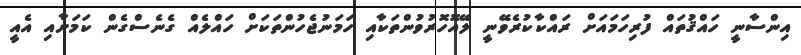
އިންސާނީ ހައްޤުތައް ފުރިހަމައަށް ރައްކާކުރެވޭނީ ލޭއޮހޮރުވުންތަކާއި ހަމަނުޖެހުންތަކަށް ހައްލެއް ގެނެސްގެން ކަމަށާއި އެއީ